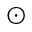
\odot